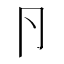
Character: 卪